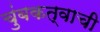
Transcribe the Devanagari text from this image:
चुंबकत्वाची